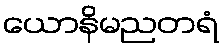
ယောနိမညတရံ